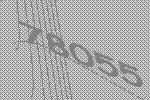
78055